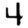
Digit: 4